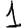
Digit: 1